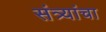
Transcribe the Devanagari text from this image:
संत्र्यांचा